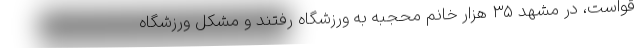
قواست، در مشهد ۳۵ هزار خانم محجبه به ورزشگاه رفتند و مشکل ورزشگاه